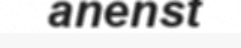
anenst